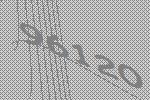
96120